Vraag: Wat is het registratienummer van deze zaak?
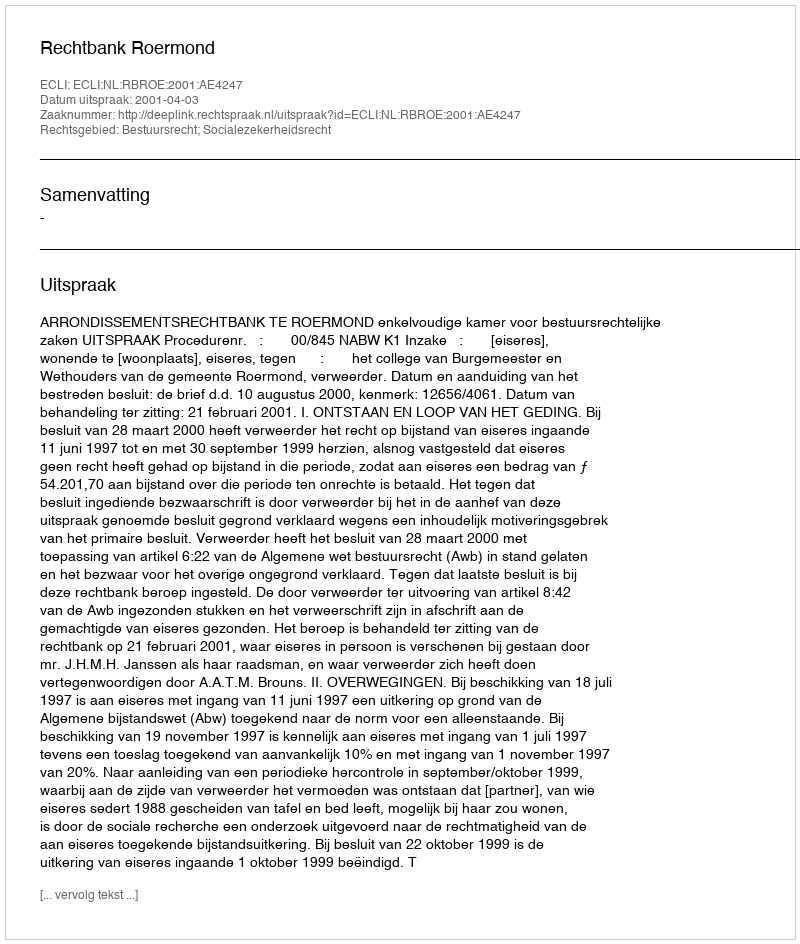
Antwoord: http://deeplink.rechtspraak.nl/uitspraak?id=ECLI:NL:RBROE:2001:AE4247